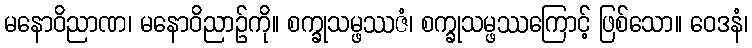
မနောဝိညာဏ၊ မနောဝိညာဉ်ကို။ စက္ခုသမ္ဖဿဇံ၊ စက္ခုသမ္ဖဿကြောင့် ဖြစ်သော။ ဝေဒနံ၊